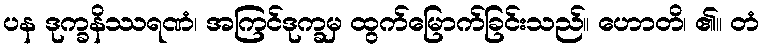
ပန ဒုက္ခနိဿရဏံ၊ အကြင်ဒုက္ခမှ ထွက်မြောက်ခြင်းသည်။ ဟောတိ၊ ၏။ တံ